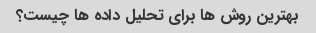
بهترین روش ها برای تحلیل داده ها چیست؟